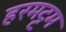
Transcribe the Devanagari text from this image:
हरमट्टम